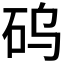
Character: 𱳳